Sketch of the medical history of the native army of Bombay, for the year
Year: 1876
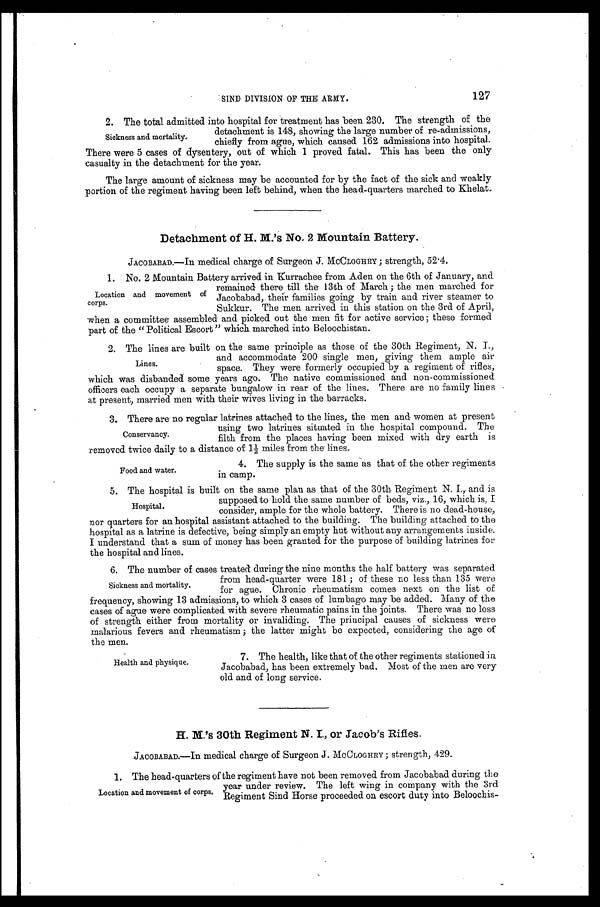
SIND DIVISION OF THE ARMY.
127
2. The total admitted into hospital for treatment has been 230. The strength of the
detachment is 148, showing the large number of re-admissions,
Sickness and mortality.
chiefly from ague, which caused 162 admissions into hospital.
There were 5 cases of dysentery, out of which 1 proved fatal. This has been the only
casualty in the detachment for the year:
The large amount of sickness may be accounted for by the fact of the sick and weakly
portion of the regiment having been left behind, when the head-quarters marched to Khelat
.
Detachment of H. M.'s No, 2 Mountain Battery.
JACOBABAD.—In medical charge of Surgeon J. McCLOGHRY; strength, 52.4.
1. No. 2 Mountain Battery arrived in Kurrachee from Aden on the 6th of January, and
remained there till the 13th of March; the men marched for
Location and movement of Jacobabad, their families going by train and river steamer to
corps.
Sukkur. The men arrived in this station on the 3rd of April,
when a committee assembled and picked out the men fit for active service; these formed
part of the "Political Escort " which marched into Beloochistan
.
2. The lines are built on the same principle as those of the 30th Regiment, N. I.,
and accommodate 200 single men, giving them ample air
L i n e
s .
space. They were formerly occupied by a regiment of rifles,
which was disbanded some years ago. The native commissioned and non-commissioned
officers each occupy a separate bungalow in rear of the lines. There are no family lines
at present, married men with their wives living in the barracks.
3. There are no regular latrines attached to the lines, the men and women at present
using two latrines situated in the hospital compound. The
Conservancy.
filth from the places having been mixed with dry earth is
removed twice daily to a distance of 11/2 miles from the. l i n e s .
4. Tht supply is the same as that of the other regiments
Food and water.
in camp.
5 . T h e h o s p i t a l i s b u i l t o n t h e s a m e p l a n a s t h a t o f t h e 3 0 t h R e g i m e n t N . I . , a n d i s
supposed to hold the same number of beds, viz., 16, which is, I
Hospital.
consider, ample for the whole battery. There is no dead-house,
nor quarters for an hospital assistant attached to the building. The building attached to the
hospital as a latrine is defective, being simply an empty hut without any arrangements inside.
I understand that a sum of money has been granted for the purpose of building latrines for
the hospital and lines.
6. The number of cases treated during the nine months the half battery was separated
from head-quarter were 181; of these no less than 135 were
Sickness and mortality.
for ague. Chronic rheumatism comes next on the list of
frequency, showing 13 admissions, to which 3 cases of lumbago may be added. Many of the
cases of ague were complicated with severe rheumatic pains in the joints. There was no loss
of strength either from mortality or invaliding. The principal causes of sickness were
malarious fevers and rheumatism; the latter might be expected, considering the age of
the men.
7. The health, like that of the other regiments stationed in
Health and physique.
Jacobabad, has been extremely bad. Most of the men are very
old and of long service.
H. M.'s 30th Regiment N. I., or Jacob's Rifles.
.JACOBABAD.—In medical charge of Surgeon J. McCLOCHRY; strength, 429.
1. The head-quarters of the regiment have not been removed from Jacobabad during the
year under review. The left wing in company with the 3rd
Location and movement of corps. Regiment Sind Horse proceeded on escort duty into
Beloochis-